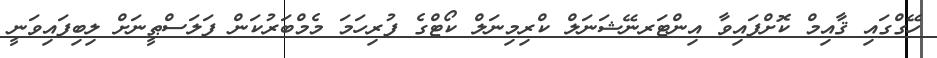
ހޭގްގައި ޤާއިމް ކޮށްފައިވާ އިންޓަރނޭޝަނަލް ކްރިމިނަލް ކޯޓްގެ ފުރިހަމަ މެމްބަރުކަން ފަލަސްޠީނަށް ލިބިފައިވަނީ